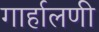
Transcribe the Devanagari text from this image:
गार्हालणी